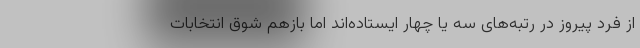
از فرد پیروز در رتبه‌های سه یا چهار ایستاده‌اند اما بازهم شوق انتخابات